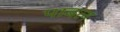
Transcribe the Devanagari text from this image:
पाबल